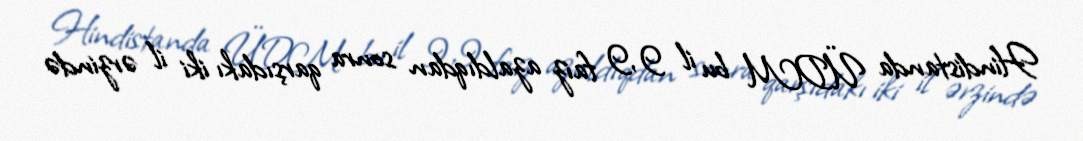
Hindistanda ÜDM bu il 9,9 faiz azaldıqdan sonra qarşıdakı iki il ərzində